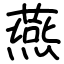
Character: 燕